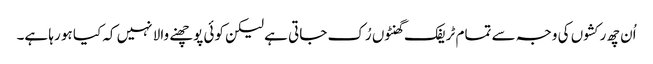
اُن چھ رکشوں کی وجہ سے تمام ٹریفک گھنٹوں رُک جاتی ہے لیکن کوئی پوچھنے والا نہیں کہ کیا ہو رہا ہے۔